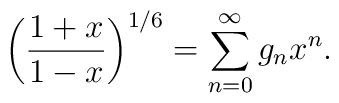
\biggl( {1+ x \over 1-x}\biggr)^{1/6}= \sum_{n=0}^{\infty}g_n x^n.